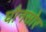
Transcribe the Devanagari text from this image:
घौनसोर